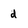
Character: d